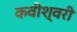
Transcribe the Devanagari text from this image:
कवीश्वरी